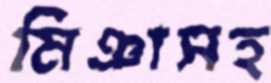
মিঞাসহ